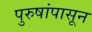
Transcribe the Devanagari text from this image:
पुरुषांपासून